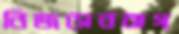
নিজসেনবাগ